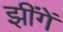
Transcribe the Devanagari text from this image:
झींगें